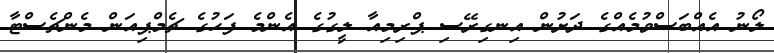
ލޯނު އެއްބަސްވުމެއްގެ ދަށުން އިނގިރޭސި ޕްރިމިއާ ލީގުގެ އެންމެ ފަހުގެ ޗެމްޕިއަން މެންޗެސްޓާ